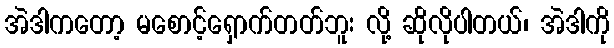
အဲဒါကတော့ မစောင့်ရှောက်တတ်ဘူး လို့ ဆိုလိုပါတယ်၊ အဲဒါကို